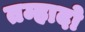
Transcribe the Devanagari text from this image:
तम्हादो